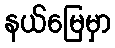
နယ်မြေမှာ